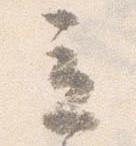
立